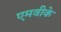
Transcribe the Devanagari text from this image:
एमवीके